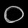
Digit: ၀